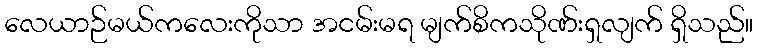
လေယာဉ်မယ်ကလေးကိုသာ အငမ်းမရ မျက်စိကသိုဏ်းရှလျက် ရှိသည်။